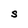
Character: S